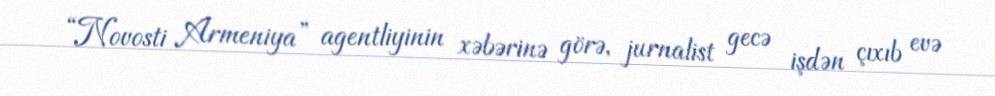
“Novosti Armeniya” agentliyinin xəbərinə görə, jurnalist gecə işdən çıxıb evə